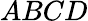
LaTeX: ABCD